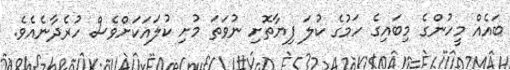
ބައެއް މީހުންގެ މިބައިގެ ހަމުގެ ކުލަ ފިޔާތޮށި ނުވަތަ މުށި ކުލައަކަށްވެސް ހުރެދާނެއެވެ.